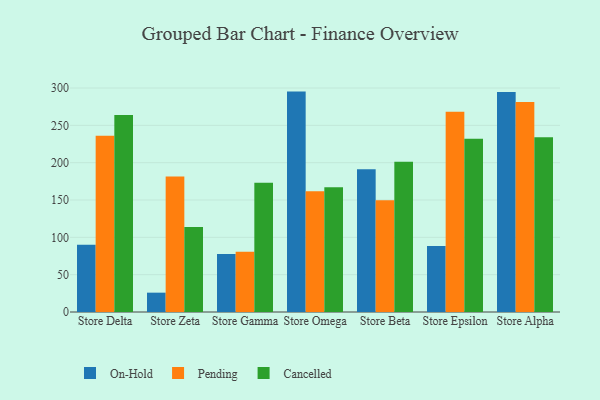
{"axis": {"x": "Store", "y": "Backlog"}, "legend": ["Cancelled", "On-Hold", "Pending"], "data": [{"x": "Store Delta", "y": 90.2, "type": "On-Hold"}, {"x": "Store Delta", "y": 236.0, "type": "Pending"}, {"x": "Store Delta", "y": 263.9, "type": "Cancelled"}, {"x": "Store Zeta", "y": 25.9, "type": "On-Hold"}, {"x": "Store Zeta", "y": 181.5, "type": "Pending"}, {"x": "Store Zeta", "y": 114.0, "type": "Cancelled"}, {"x": "Store Gamma", "y": 77.6, "type": "On-Hold"}, {"x": "Store Gamma", "y": 80.8, "type": "Pending"}, {"x": "Store Gamma", "y": 173.2, "type": "Cancelled"}, {"x": "Store Omega", "y": 295.2, "type": "On-Hold"}, {"x": "Store Omega", "y": 161.7, "type": "Pending"}, {"x": "Store Omega", "y": 167.2, "type": "Cancelled"}, {"x": "Store Beta", "y": 191.2, "type": "On-Hold"}, {"x": "Store Beta", "y": 149.6, "type": "Pending"}, {"x": "Store Beta", "y": 201.3, "type": "Cancelled"}, {"x": "Store Epsilon", "y": 88.3, "type": "On-Hold"}, {"x": "Store Epsilon", "y": 268.3, "type": "Pending"}, {"x": "Store Epsilon", "y": 232.2, "type": "Cancelled"}, {"x": "Store Alpha", "y": 294.7, "type": "On-Hold"}, {"x": "Store Alpha", "y": 281.4, "type": "Pending"}, {"x": "Store Alpha", "y": 233.9, "type": "Cancelled"}]}